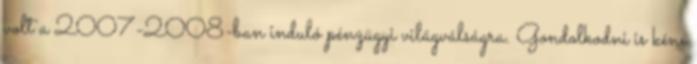
volt a 2007-2008-ban induló pénzügyi világválságra. Gondolkodni is kéne